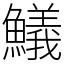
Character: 䲑